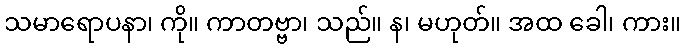
သမာရောပနာ၊ ကို။ ကာတဗ္ဗာ၊ သည်။ န၊ မဟုတ်။ အထ ခေါ၊ ကား။